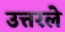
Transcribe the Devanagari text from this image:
उत्तरले